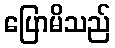
ပြောမိသည်